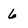
Character: 6